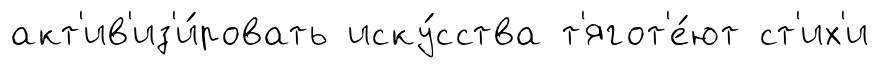
акт'ив'из'и́ровать иску́сства т'ягот'е́ют ст'их'и